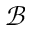
\mathcal { B }